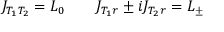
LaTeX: J _ { T _ { 1 } T _ { 2 } } = L _ { 0 } \qquad J _ { T _ { 1 } r } \pm i J _ { T _ { 2 } r } = L _ { \pm }